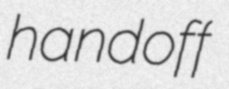
handoff